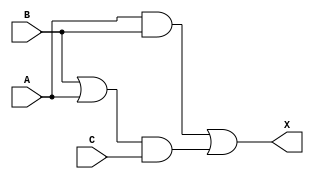
module sky130_fd_sc_ms__maj3_1 (
    X,
    A,
    B,
    C
);
    output X;
    input  A;
    input  B;
    input  C;
    wire or0_out  ;
    wire and0_out ;
    wire and1_out ;
    wire or1_out_X;
    or  or0  (or0_out  , B, A              );
    and and0 (and0_out , or0_out, C        );
    and and1 (and1_out , A, B              );
    or  or1  (or1_out_X, and1_out, and0_out);
    buf buf0 (X        , or1_out_X         );
endmodule